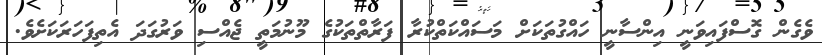
ވެގެން ގޮސްފައިވަނީ އިންސާނީ ހައްގުތަކަށް މަސައްކަތްކުރާ ފަރާތްތަކުގެ މޫނުމަތީ ޖެއްސި ވަރުގަދަ އެތިފަހަރަކަށެވެ.